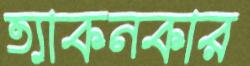
ত্যাকনকার